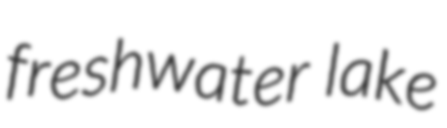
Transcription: freshwater lake